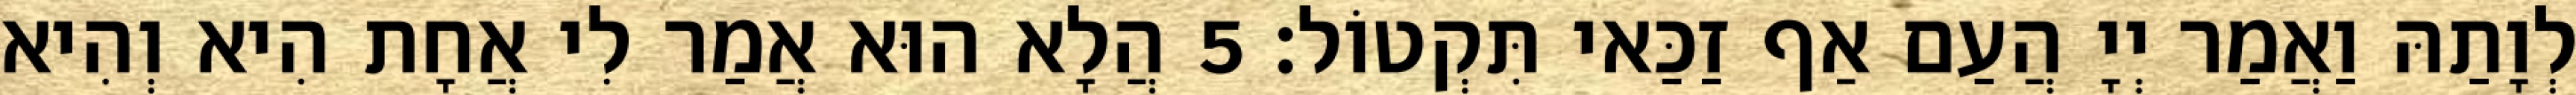
לְוָתַהּ וַאֲמַר יְיָ הֲעַם אַף זַכַּאי תִּקְטוֹל׃ 5 הֲלָא הוּא אֲמַר לִי אֲחָת הִיא וְהִיא